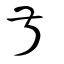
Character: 叔